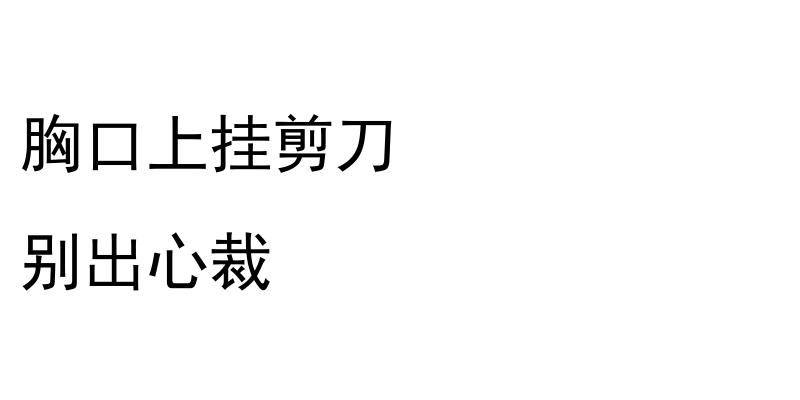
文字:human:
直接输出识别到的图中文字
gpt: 胸口上挂剪刀 别出心裁